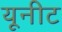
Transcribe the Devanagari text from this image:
यूनीट